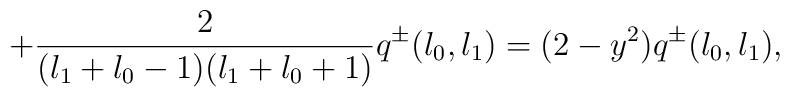
+\frac{2}{(l_{1}+l_{0}-1)(l_{1}+l_{0}+1)} q^{\pm}(l_{0},l_{1})=(2-y^{2})q^{\pm}(l_{0},l_{1}),